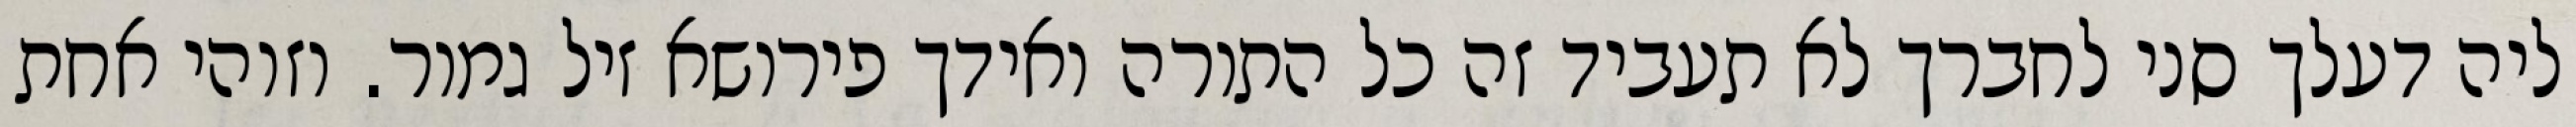
ליה דעלך סני לחברך לא תעביד זה כל התורה ואידך פירושא זיל גמור. וזוהי אחת